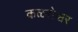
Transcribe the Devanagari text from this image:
कळसेश्वर